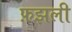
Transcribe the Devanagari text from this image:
फ़झली